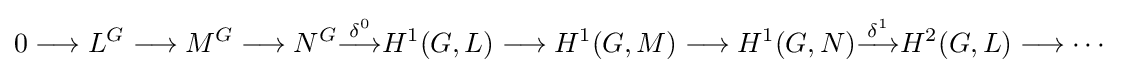
0\longrightarrow L^{G}\longrightarrow M^{G}\longrightarrow N^{G}{\overset {\delta ^{0}}{\longrightarrow }}H^{1}(G,L)\longrightarrow H^{1}(G,M)\longrightarrow H^{1}(G,N){\overset {\delta ^{1}}{\longrightarrow }}H^{2}(G,L)\longrightarrow \cdots